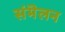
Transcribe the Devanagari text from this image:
संमॆलन